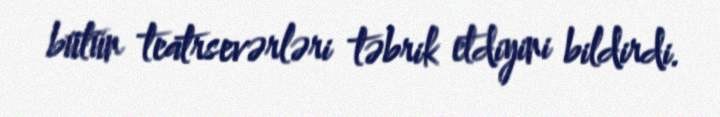
bütün teatrsevərləri təbrik etdiyini bildirdi.